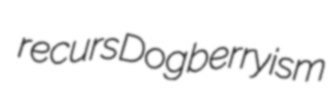
recurs Dogberryism